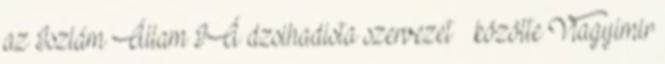
az Iszlám Állam IÁ dzsihadista szervezet – közölte Vlagyimir